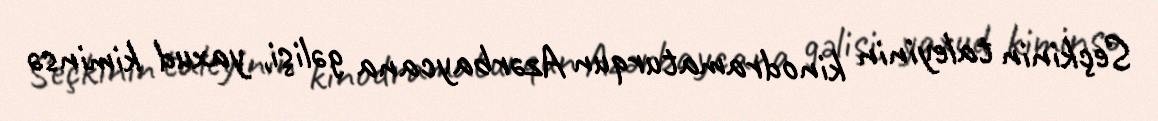
Seçkinin taleyinin kinodramaturqun Azərbaycana gəlişi, yaxud kiminsə